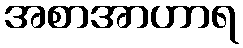
အစာအာဟာရ